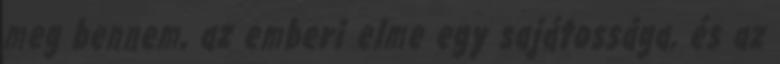
meg bennem, az emberi elme egy sajátossága, és az